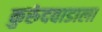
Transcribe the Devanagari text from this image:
कुरुंदवाडाला